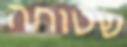
שטוחה